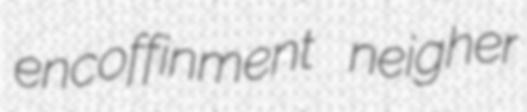
encoffinment neigher